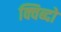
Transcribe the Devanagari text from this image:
क्विब्दो